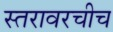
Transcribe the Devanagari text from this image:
स्तरावरचीच